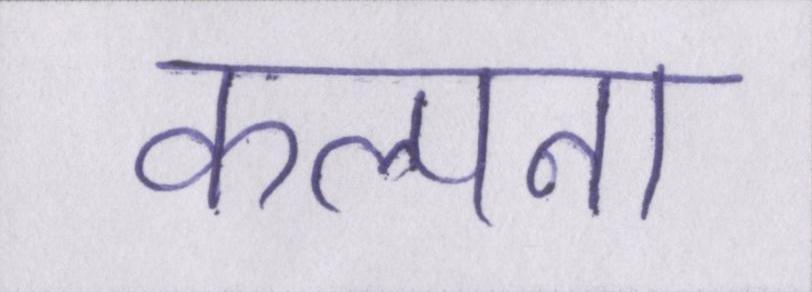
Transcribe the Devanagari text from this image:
कल्पना